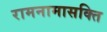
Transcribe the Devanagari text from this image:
रामनामासक्ति